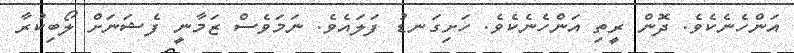
އަންހެނެކެވެ. ދޮން ރީތި އަންހެނެކެވެ. ހަށިގަނޑު ފަލައެވެ. ނަމަވެސް ޒަމާނީ ފެޝަނަށް ލޯބިކުރާ